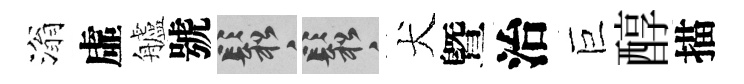
滃虛艫號鬆鬆犬曁治巨醇描